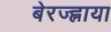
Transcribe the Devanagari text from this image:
बेरज्ह्नाया